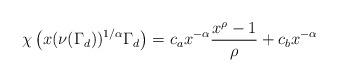
LaTeX: \begin{align*}\chi\left( x(\nu(\Gamma_d))^{1/\alpha} \Gamma_d \right) = c_{a} x^{-\alpha} \frac{x^{\rho}-1}{\rho} + c_{b} x^{-\alpha}\end{align*}